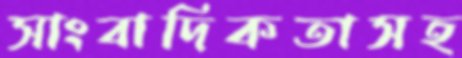
সাংবাদিকতাসহ